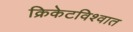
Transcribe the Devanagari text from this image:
क्रिकेटविश्वात